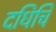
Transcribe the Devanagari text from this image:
दधिचि